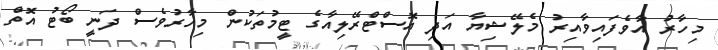
މިހާރު އާވެފައިވާއިރު މެލޭޝިޔާ އަދި އޮސްޓްރޭލިއާގެ ޓީމުތަކުން މިހާރުވެސް ދަނީ ބޯޓު އޮތް